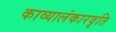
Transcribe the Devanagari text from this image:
काव्यालंकारवृति